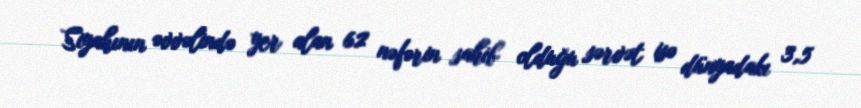
Siyahının əvvəlində yer alan 62 nəfərin sahib olduğu sərvət isə dünyadakı 3,5